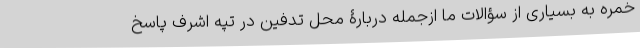
خمره به بسیاری از سؤالات ما ازجمله دربارۀ محل تدفین در تپه اشرف پاسخ